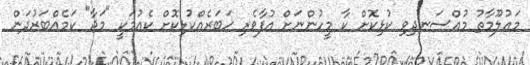
މައުލޫމާތު މުއްސަނދިވި ކުޅިކޮށް ކާ މީހުންނަށް އުފާވެރި ޚަބަރެއްކުޅިކޮށް ކެއުމަކީ "މަޖާ" ކަމެއްބަރުދަން